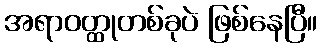
အရာဝတ္ထုတစ်ခုပဲ ဖြစ်နေပြီ။